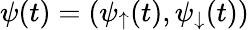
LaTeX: \psi(t)=(\psi_{\uparrow}(t),\psi_{\downarrow}(t))